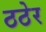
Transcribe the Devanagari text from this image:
ठठेर